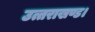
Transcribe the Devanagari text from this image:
उत्तराखण्ड।